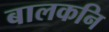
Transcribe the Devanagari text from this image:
बालकनि